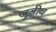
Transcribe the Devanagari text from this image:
जुडीथ